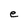
Character: e